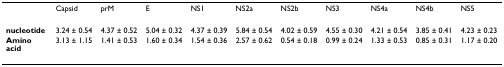
<table><thead><tr><td></td><td><b>Capsid</b></td><td><b>prM</b></td><td><b>E</b></td><td><b>NS1</b></td><td><b>NS2a</b></td><td><b>NS2b</b></td><td><b>NS3</b></td><td><b>NS4a</b></td><td><b>NS4b</b></td><td><b>NS5</b></td></tr></thead><tbody><tr><td><b>nucleotide</b></td><td>3.24 ± 0.54</td><td>4.37 ± 0.52</td><td>5.04 ± 0.32</td><td>4.37 ± 0.39</td><td>5.84 ± 0.54</td><td>4.02 ± 0.59</td><td>4.55 ± 0.30</td><td>4.21 ± 0.54</td><td>3.85 ± 0.41</td><td>4.23 ± 0.23</td></tr><tr><td><b>Amino acid</b></td><td>3.13 ± 1.15</td><td>1.41 ± 0.53</td><td>1.60 ± 0.34</td><td>1.54 ± 0.36</td><td>2.57 ± 0.62</td><td>0.54 ± 0.18</td><td>0.99 ± 0.24</td><td>1.33 ± 0.53</td><td>0.85 ± 0.31</td><td>1.17 ± 0.20</td></tr></tbody></table>